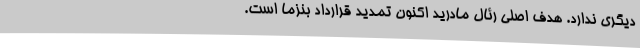
دیگری ندارد. هدف اصلی رئال مادرید اکنون تمدید قرارداد بنزما است.